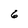
Character: 6